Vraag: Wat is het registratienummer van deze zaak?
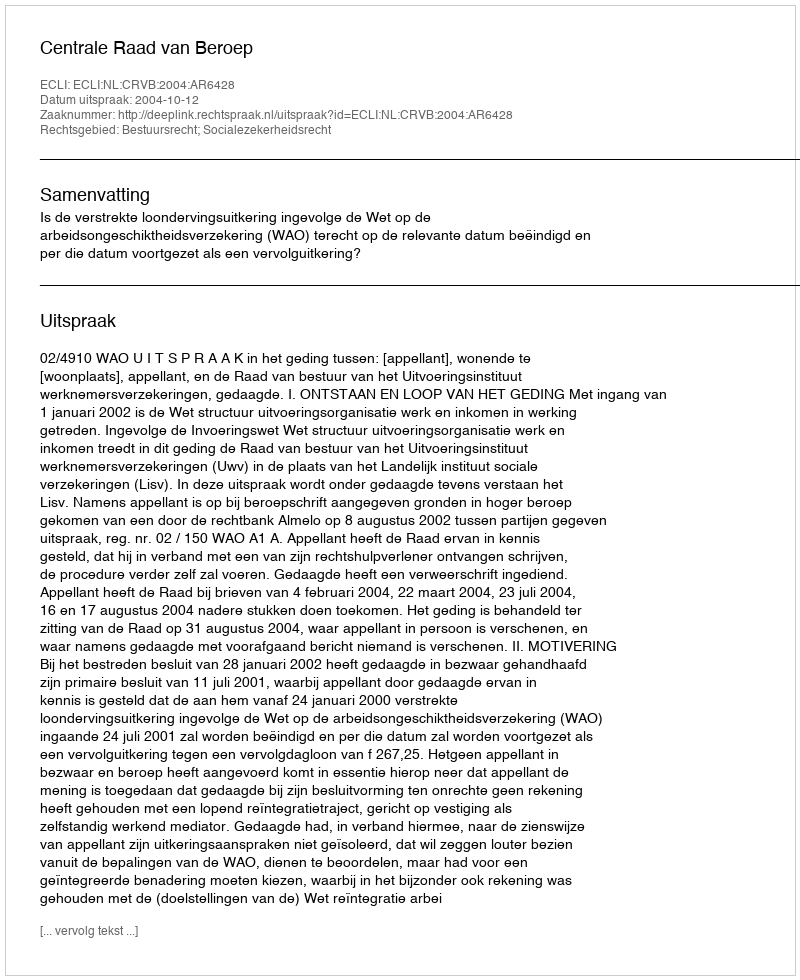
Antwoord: http://deeplink.rechtspraak.nl/uitspraak?id=ECLI:NL:CRVB:2004:AR6428